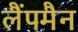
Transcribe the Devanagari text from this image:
लैंपमैन